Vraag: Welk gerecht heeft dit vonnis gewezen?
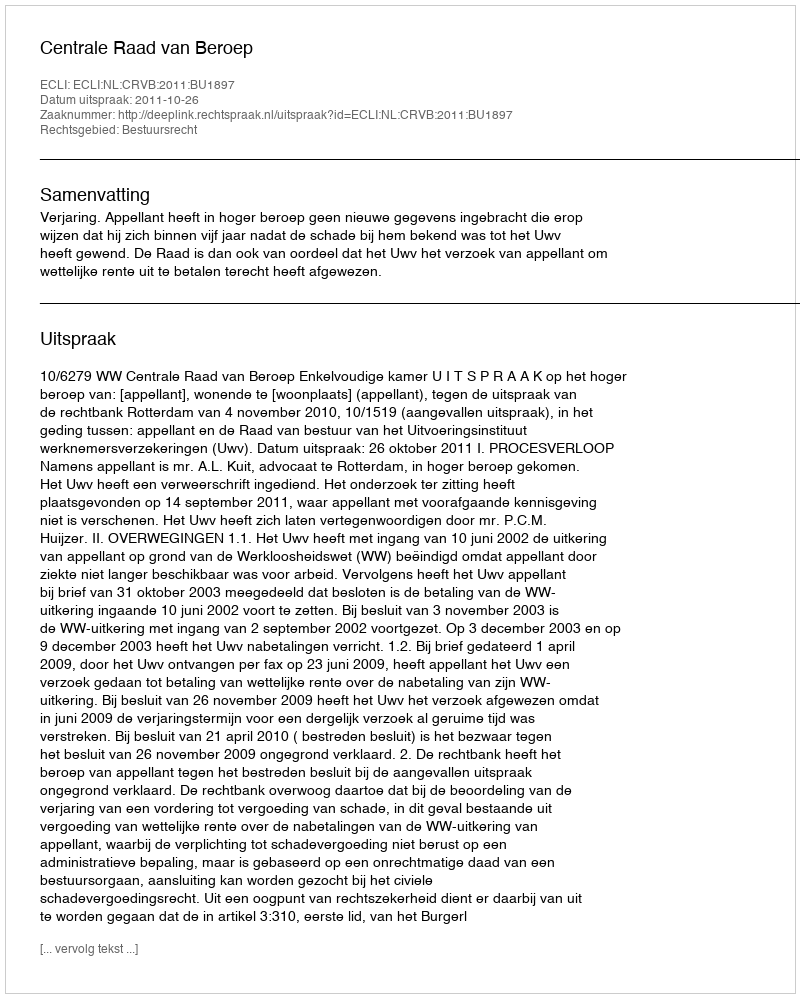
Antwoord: Centrale Raad van Beroep